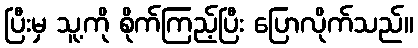
ပြီးမှ သူ့ကို စိုက်ကြည့်ပြီး ပြောလိုက်သည်။